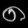
Digit: ၈